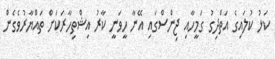
ކަޅު ކުލައިގެ އަތްދިގު ގަމީހާއި ޖިންސްގައި އޭނާ ހީވަނީ ކާރު އިޝްތިހާރަކަށް ތައްޔާރުވެގެން